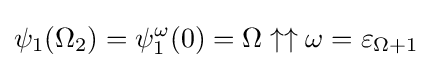
\psi _{1}(\Omega _{2})=\psi _{1}^{\omega }(0)=\Omega \uparrow \uparrow \omega =\varepsilon _{\Omega +1}